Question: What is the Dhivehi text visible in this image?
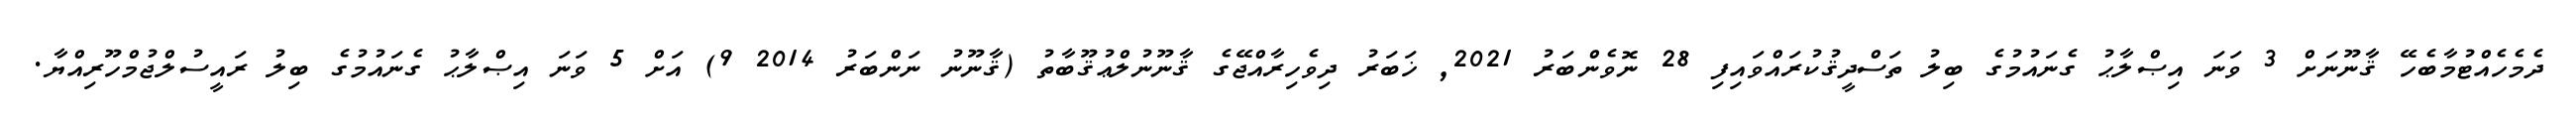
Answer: ދެމެހެއްޓުމާބެހޭ ޤާނޫނަށް 3 ވަނަ އިޞްލާޙު ގެނައުމުގެ ބިލު ތަސްދީޤުކުރައްވައިފި 28 ނޮވެންބަރު 2021, ޚަބަރު ދިވެހިރާއްޖޭގެ ޤާނޫނުލްޢުޤޫބާތު (ޤާނޫނު ނަންބަރު 2014 9) އަށް 5 ވަނަ އިޞްލާޙު ގެނައުމުގެ ބިލު ރައީސުލްޖުމްހޫރިއްޔާ.